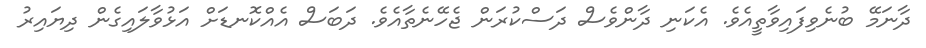
ދާނަމޭ ބުނެވިފައިވާތީއެވެ. އެކަނި ދާންވެސް ދަސްކުރަން ޖެހޭނެތާއެވެ. ދަބަސް އެއްކޮނޑަށް އަޅުވާލައިގެން ދިޔައިރު